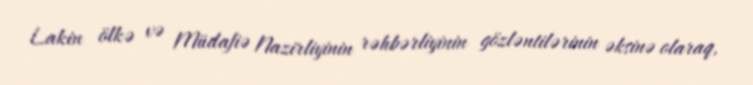
Lakin ölkə və Müdafiə Nazirliyinin rəhbərliyinin gözləntilərinin əksinə olaraq,